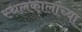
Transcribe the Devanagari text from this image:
स्थलकालांच्या